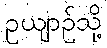
ဥယျာဉ်သို့